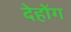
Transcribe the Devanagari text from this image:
देहोंग